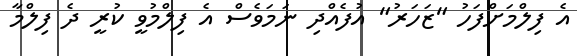
އެ ފިލްމަށްފަހު "ޒަހަރު" އުފެއްދި ނަމަވެސް އެ ފިލްމުވީ ކުރީ ދެ ފިލްމާ